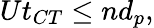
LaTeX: Ut_{CT}\leq nd_{p},